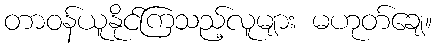
တာဝန်ယူနိုင်ကြသည့်လူများ မဟုတ်ချေ။